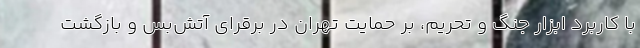
با کاربرد ابزار جنگ و تحریم، بر حمایت تهران در برقرای آتش‌بس و بازگشت